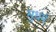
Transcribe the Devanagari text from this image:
सुधर्म